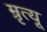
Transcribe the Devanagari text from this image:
म्रृत्यू